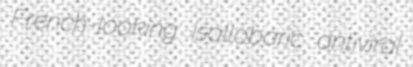
French-looking isallobaric antiviral